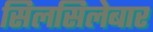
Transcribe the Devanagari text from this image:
सिलसिलेबार